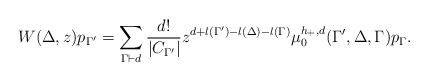
\begin{align*}W(\Delta,z)p_{\Gamma^{\prime}}=\sum_{\Gamma\vdash d}\frac{d!}{|C_{\Gamma^{\prime}}|}z^{d+l(\Gamma^{\prime})-l(\Delta)-l(\Gamma)}\mu_{0}^{h_+,d}(\Gamma^{\prime},\Delta,\Gamma)p_{\Gamma}. \end{align*}